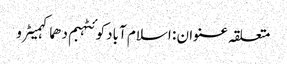
متعلقہ عنوان : اسلام آبادکوئٹہبم دھماکہمیٹرو